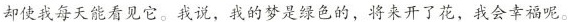
却使我每天能看见它。我说，我的梦是绿色的，将来开了花，我会幸福呢。